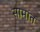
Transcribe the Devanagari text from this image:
सामांत